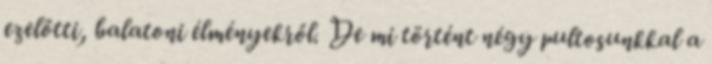
ezelőtti, balatoni élményekről. De mi történt négy pultosunkkal a